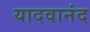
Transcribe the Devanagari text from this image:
यादवानंद